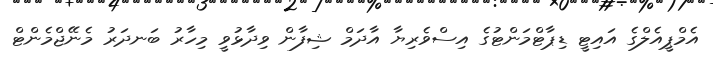
އެމްޕީއެލްގެ އައިޓީ ޑިޕާޓްމަންޓުގެ އިސްވެރިޔާ އާދަމް ޝިފާން ވިދާޅުވީ މިހާރު ބަނދަރު މެނޭޖްމެންޓް